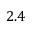
2 . 4